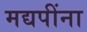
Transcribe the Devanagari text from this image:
मद्यपींना